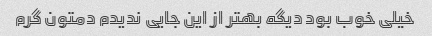
خیلی خوب بود دیگه بهتر از این جایی ندیدم دمتون گرم